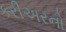
કરીઅરનો